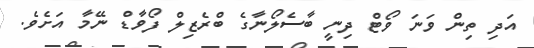
އަދި ތިން ވަނަ ވޯޓް ދިނީ ބާސެލޯނާގެ ބްރެޒިލް ފޯވާޑް ނޭމާ އަށެވެ.